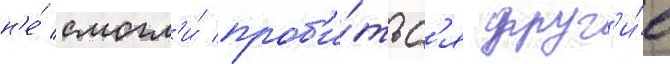
н'е́ смогл'и́ проб'и́тьс'я друг'и́е